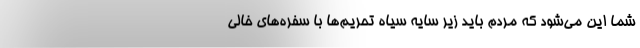
شما این می‌شود که مردم باید زیر سایه سیاه تحریم‌ها با سفره‌های خالی